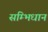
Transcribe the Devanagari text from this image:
सम्भिधान